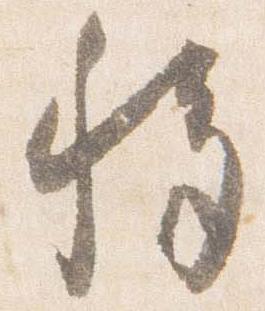
移